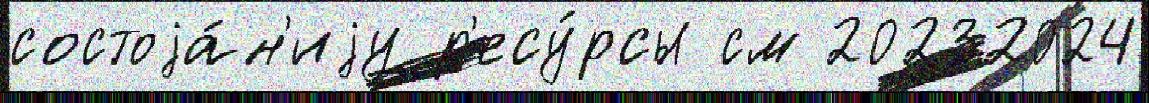
состоjа́н'иjу р'есу́рсы см 20232024